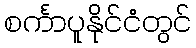
စင်္ကာပူနိုင်ငံတွင်